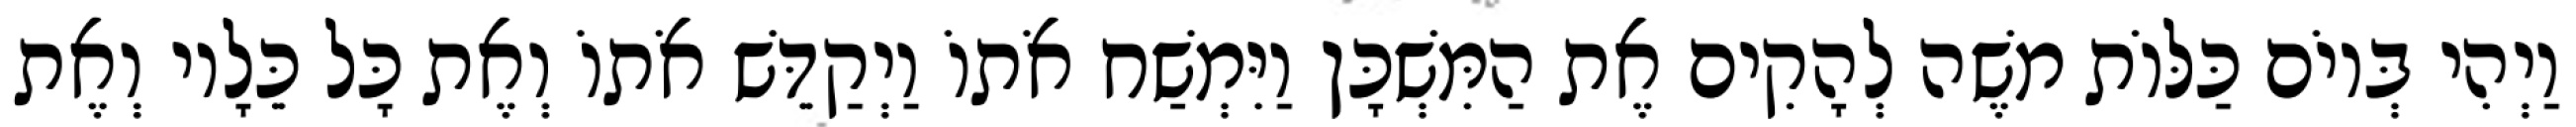
וַיְהִי בְּיוֹם כַּלּוֹת משֶׁה לְהָקִים אֶת הַמִּשְׁכָּן וַיִּמְשַׁח אֹתוֹ וַיְקַדֵּשׁ אֹתוֹ וְאֶת כָּל כֵּלָיו וְאֶת